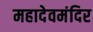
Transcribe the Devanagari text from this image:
महादेवमंदिर